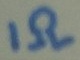
Text: 1Ω